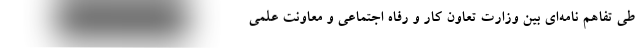
طی تفاهم نامه‌ای بین وزارت تعاون کار و‌ رفاه اجتماعی و معاونت علمی